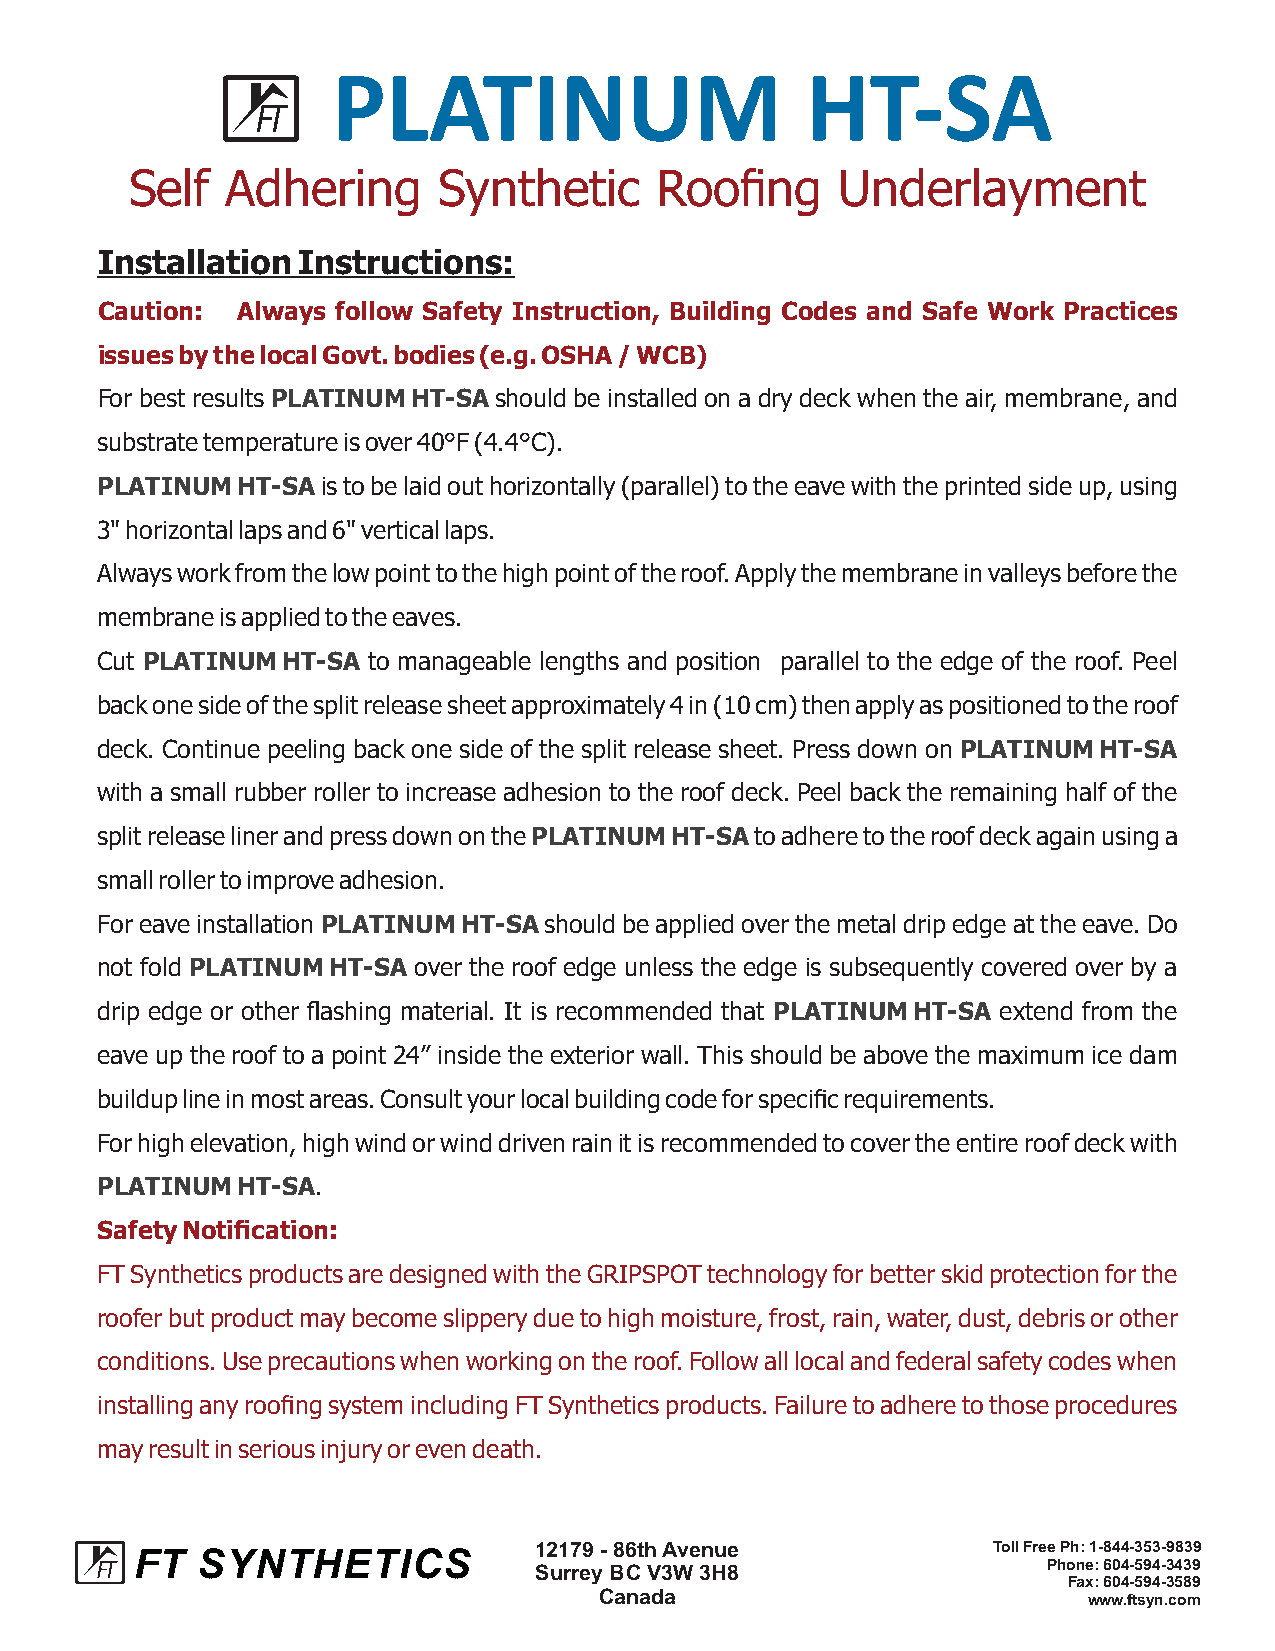
PLATINUM                       HT-SA
 Self  Adhering      Synthetic     Roofing      Underlayment
 InstallationInstructions:
 Caution:  Always follow Safety Instruction, Building Codes and Safe Work Practices
 issuesbythelocalGovt.bodies(e.g.OSHA/WCB)
 For best resultsPLATINUMHT-SA should be installed on a dry deck when the air, membrane, and
 substratetemperatureisover40°F(4.4°C).
 PLATINUMHT-SAistobelaidouthorizontally(parallel)totheeavewiththeprintedsideup,using
 3"horizontallapsand6"verticallaps.
 Alwaysworkfromthelowpointtothehighpointoftheroof.Applythemembraneinvalleysbeforethe
 membraneisappliedtotheeaves.
 Cut PLATINUMHT-SA to manageable lengths and position parallel to the edge of the roof. Peel
 backonesideofthesplitreleasesheetapproximately4in(10cm)thenapplyaspositionedtotheroof
 deck. Continue peeling back one side of the split release sheet. Press down on PLATINUMHT-SA
 with a small rubber roller to increase adhesion to the roof deck. Peel back the remaining half of the
 splitreleaselinerandpressdownonthePLATINUMHT-SAtoadheretotheroofdeckagainusinga
 smallrollertoimproveadhesion.
 ForeaveinstallationPLATINUMHT-SAshouldbeappliedoverthemetaldripedgeattheeave.Do
 not fold PLATINUMHT-SA over the roof edge unless the edge is subsequently covered over by a
 drip edge or other flashing material. It is recommended that PLATINUMHT-SA extend from the
 eave up the roof to a point 24” inside the exterior wall. This should be above the maximum ice dam
 builduplineinmostareas.Consultyourlocalbuildingcodeforspecificrequirements.
 Forhighelevation,highwindorwinddrivenrainitisrecommendedtocovertheentireroofdeckwith
 PLATINUMHT-SA.
 SafetyNotification:
 FTSyntheticsproductsaredesignedwiththeGRIPSPOTtechnologyforbetterskidprotectionforthe
 rooferbutproductmaybecomeslipperyduetohighmoisture,frost,rain,water,dust,debrisorother
 conditions.Useprecautionswhenworkingontheroof.Followalllocalandfederalsafetycodeswhen
 installinganyroofingsystemincludingFTSyntheticsproducts.Failuretoadheretothoseprocedures
 mayresultinseriousinjuryorevendeath.
 FT  SYNTHETICS            12179 - 86thAvenue             Toll Free Ph: 1-844-353-9839
 Surrey BC V3W 3H8                 Phone: 604-594-3439
 Fax: 604-594-3589
 Canada                          www.ftsyn.com